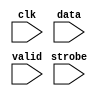
//Legal Notice: (C)2005 Altera Corporation. All rights reserved.  Your
//use of Altera Corporation's design tools, logic functions and other
//software and tools, and its AMPP partner logic functions, and any
//output files any of the foregoing (including device programming or
//simulation files), and any associated documentation or information are
//expressly subject to the terms and conditions of the Altera Program
//License Subscription Agreement or other applicable license agreement,
//including, without limitation, that your use is for the sole purpose
//of programming logic devices manufactured by Altera and sold by Altera
//or its authorized distributors.  Please refer to the applicable
//agreement for further details.

// synthesis translate_off
`timescale 1ns / 100ps
// synthesis translate_on
module jtag_uart_0_log_module (
                                // inputs:
                                 clk,
                                 data,
                                 strobe,
                                 valid
                              )
;

  input            clk;
  input   [  7: 0] data;
  input            strobe;
  input            valid;


//synthesis translate_off
//////////////// SIMULATION-ONLY CONTENTS
   reg [31:0] text_handle; // for $fopen
   initial text_handle = $fopen ("C:/DE2/DE2_Board/system/DE2_Board_sim/jtag_uart_0_output_stream.dat");

   always @(posedge clk) begin
      if (valid && strobe) begin
	 $fwrite (text_handle, "%b\n", data);
          // echo raw binary strings to file as ascii to screen
         $write("%s", ((data == 8'hd) ? 8'ha : data));
                     
	 // non-standard; poorly documented; required to get real data stream.
	 $fflush (text_handle);
      end
   end // clk


//////////////// END SIMULATION-ONLY CONTENTS

//synthesis translate_on

endmodule


module jtag_uart_0_sim_scfifo_w (
                                  // inputs:
                                   clk,
                                   fifo_wdata,
                                   fifo_wr,

                                  // outputs:
                                   fifo_FF,
                                   r_dat,
                                   wfifo_empty,
                                   wfifo_used
                                )
;

  output           fifo_FF;
  output  [  7: 0] r_dat;
  output           wfifo_empty;
  output  [  8: 0] wfifo_used;
  input            clk;
  input   [  7: 0] fifo_wdata;
  input            fifo_wr;

  wire             fifo_FF;
  wire    [  7: 0] r_dat;
  wire             wfifo_empty;
  wire    [  8: 0] wfifo_used;

//synthesis translate_off
//////////////// SIMULATION-ONLY CONTENTS
  //jtag_uart_0_log, which is an e_log
  jtag_uart_0_log_module jtag_uart_0_log
    (
      .clk    (clk),
      .data   (fifo_wdata),
      .strobe (fifo_wr),
      .valid  (fifo_wr)
    );

  assign wfifo_used = {9{1'b0}};
  assign r_dat = {8{1'b0}};
  assign fifo_FF = 1'b0;
  assign wfifo_empty = 1'b1;

//////////////// END SIMULATION-ONLY CONTENTS

//synthesis translate_on

endmodule


module jtag_uart_0_scfifo_w (
                              // inputs:
                               clk,
                               fifo_wdata,
                               fifo_wr,
                               rd_wfifo,

                              // outputs:
                               fifo_FF,
                               r_dat,
                               wfifo_empty,
                               wfifo_used
                            )
;

  output           fifo_FF;
  output  [  7: 0] r_dat;
  output           wfifo_empty;
  output  [  8: 0] wfifo_used;
  input            clk;
  input   [  7: 0] fifo_wdata;
  input            fifo_wr;
  input            rd_wfifo;

  wire             fifo_FF;
  wire    [  7: 0] r_dat;
  wire             wfifo_empty;
  wire    [  8: 0] wfifo_used;

//synthesis translate_off
//////////////// SIMULATION-ONLY CONTENTS
  jtag_uart_0_sim_scfifo_w the_jtag_uart_0_sim_scfifo_w
    (
      .clk         (clk),
      .fifo_FF     (fifo_FF),
      .fifo_wdata  (fifo_wdata),
      .fifo_wr     (fifo_wr),
      .r_dat       (r_dat),
      .wfifo_empty (wfifo_empty),
      .wfifo_used  (wfifo_used)
    );


//////////////// END SIMULATION-ONLY CONTENTS

//synthesis translate_on
//synthesis read_comments_as_HDL on
//  scfifo wfifo
//    (
//      .clock (clk),
//      .data (fifo_wdata),
//      .empty (wfifo_empty),
//      .full (fifo_FF),
//      .q (r_dat),
//      .rdreq (rd_wfifo),
//      .usedw (wfifo_used),
//      .wrreq (fifo_wr)
//    );
//
//  defparam wfifo.lpm_hint = "RAM_BLOCK_TYPE=AUTO",
//           wfifo.lpm_numwords = 512,
//           wfifo.lpm_showahead = "OFF",
//           wfifo.lpm_type = "scfifo",
//           wfifo.lpm_width = 8,
//           wfifo.lpm_widthu = 9,
//           wfifo.overflow_checking = "OFF",
//           wfifo.underflow_checking = "OFF",
//           wfifo.use_eab = "ON";
//
//synthesis read_comments_as_HDL off

endmodule


module jtag_uart_0_drom_module (
                                 // inputs:
                                  clk,
                                  incr_addr,
                                  reset_n,

                                 // outputs:
                                  new_rom,
                                  num_bytes,
                                  q,
                                  safe
                               )
;

  parameter POLL_RATE = 100;


  output           new_rom;
  output  [ 31: 0] num_bytes;
  output  [  7: 0] q;
  output           safe;
  input            clk;
  input            incr_addr;
  input            reset_n;

  reg     [ 11: 0] address;
  reg              d1_pre;
  reg              d2_pre;
  reg              d3_pre;
  reg              d4_pre;
  reg              d5_pre;
  reg              d6_pre;
  reg              d7_pre;
  reg              d8_pre;
  reg              d9_pre;
  reg     [  7: 0] mem_array [2047: 0];
  reg     [ 31: 0] mutex [  1: 0];
  reg              new_rom;
  wire    [ 31: 0] num_bytes;
  reg              pre;
  wire    [  7: 0] q;
  wire             safe;

//synthesis translate_off
//////////////// SIMULATION-ONLY CONTENTS
  assign q = mem_array[address];
  always @(posedge clk or negedge reset_n)
    begin
      if (reset_n == 0)
        begin
          d1_pre <= 0;
          d2_pre <= 0;
          d3_pre <= 0;
          d4_pre <= 0;
          d5_pre <= 0;
          d6_pre <= 0;
          d7_pre <= 0;
          d8_pre <= 0;
          d9_pre <= 0;
          new_rom <= 0;
        end
      else if (1)
        begin
          d1_pre <= pre;
          d2_pre <= d1_pre;
          d3_pre <= d2_pre;
          d4_pre <= d3_pre;
          d5_pre <= d4_pre;
          d6_pre <= d5_pre;
          d7_pre <= d6_pre;
          d8_pre <= d7_pre;
          d9_pre <= d8_pre;
          new_rom <= d9_pre;
        end
    end



   assign     num_bytes = mutex[1];
                   reg        safe_delay;
   reg [31:0] poll_count;
   reg [31:0] mutex_handle;
   wire       interactive = 1'b0 ; // '
   assign     safe = (address < mutex[1]);

   initial poll_count = POLL_RATE;

   always @(posedge clk or negedge reset_n) begin
      if (reset_n !== 1) begin
         safe_delay <= 0;
      end else begin
         safe_delay <= safe;
      end
   end // safe_delay

   always @(posedge clk or negedge reset_n) begin
      if (reset_n !== 1) begin  // dont worry about null _stream.dat file
         address <= 0;
         mem_array[0] <= 0;
         mutex[0] <= 0;
         mutex[1] <= 0;
         pre <= 0;
      end else begin            // deal with the non-reset case
         pre <= 0;
         if (incr_addr && safe) address <= address + 1;
         if (mutex[0] && !safe && safe_delay) begin
            // and blast the mutex after falling edge of safe if interactive
            if (interactive) begin
               mutex_handle = $fopen ("C:/DE2/DE2_Board/system/DE2_Board_sim/jtag_uart_0_input_mutex.dat");
               $fdisplay (mutex_handle, "0");
               $fclose (mutex_handle);
               // $display ($stime, "\t%m:\n\t\tMutex cleared!");
            end else begin
               // sleep until next reset, do not bash mutex.
               wait (!reset_n);
            end
         end // OK to bash mutex.
         if (poll_count < POLL_RATE) begin // wait
            poll_count = poll_count + 1;
         end else begin         // do the interesting stuff.
            poll_count = 0;
            $readmemh ("C:/DE2/DE2_Board/system/DE2_Board_sim/jtag_uart_0_input_mutex.dat", mutex);
            if (mutex[0] && !safe) begin
            // read stream into mem_array after current characters are gone!
               // save mutex[0] value to compare to address (generates 'safe')
               mutex[1] <= mutex[0];
               // $display ($stime, "\t%m:\n\t\tMutex hit: Trying to read %d bytes...", mutex[0]);
               $readmemb("C:/DE2/DE2_Board/system/DE2_Board_sim/jtag_uart_0_input_stream.dat", mem_array);
               // bash address and send pulse outside to send the char:
               address <= 0;
               pre <= -1;
            end // else mutex miss...
         end // poll_count
      end // reset
   end // posedge clk


//////////////// END SIMULATION-ONLY CONTENTS

//synthesis translate_on

endmodule


module jtag_uart_0_sim_scfifo_r (
                                  // inputs:
                                   clk,
                                   fifo_rd,
                                   rst_n,

                                  // outputs:
                                   fifo_EF,
                                   fifo_rdata,
                                   rfifo_full,
                                   rfifo_used
                                )
;

  output           fifo_EF;
  output  [  7: 0] fifo_rdata;
  output           rfifo_full;
  output  [  8: 0] rfifo_used;
  input            clk;
  input            fifo_rd;
  input            rst_n;

  reg     [ 31: 0] bytes_left;
  wire             fifo_EF;
  reg              fifo_rd_d;
  wire    [  7: 0] fifo_rdata;
  wire             new_rom;
  wire    [ 31: 0] num_bytes;
  wire    [  9: 0] rfifo_entries;
  wire             rfifo_full;
  wire    [  8: 0] rfifo_used;
  wire             safe;

//synthesis translate_off
//////////////// SIMULATION-ONLY CONTENTS
  //jtag_uart_0_drom, which is an e_drom
  jtag_uart_0_drom_module jtag_uart_0_drom
    (
      .clk       (clk),
      .incr_addr (fifo_rd_d),
      .new_rom   (new_rom),
      .num_bytes (num_bytes),
      .q         (fifo_rdata),
      .reset_n   (rst_n),
      .safe      (safe)
    );

  // Generate rfifo_entries for simulation
  always @(posedge clk or negedge rst_n)
    begin
      if (rst_n == 0)
        begin
          bytes_left <= 32'h0;
          fifo_rd_d <= 1'b0;
        end
      else 
        begin
          fifo_rd_d <= fifo_rd;
          // decrement on read
          if (fifo_rd_d)
              bytes_left <= bytes_left - 1'b1;
          // catch new contents
          if (new_rom)
              bytes_left <= num_bytes;
        end
    end


  assign fifo_EF = bytes_left == 32'b0;
  assign rfifo_full = bytes_left > 10'h200;
  assign rfifo_entries = (rfifo_full) ? 10'h200 : bytes_left;
  assign rfifo_used = rfifo_entries[8 : 0];

//////////////// END SIMULATION-ONLY CONTENTS

//synthesis translate_on

endmodule


module jtag_uart_0_scfifo_r (
                              // inputs:
                               clk,
                               fifo_rd,
                               rst_n,
                               t_dat,
                               wr_rfifo,

                              // outputs:
                               fifo_EF,
                               fifo_rdata,
                               rfifo_full,
                               rfifo_used
                            )
;

  output           fifo_EF;
  output  [  7: 0] fifo_rdata;
  output           rfifo_full;
  output  [  8: 0] rfifo_used;
  input            clk;
  input            fifo_rd;
  input            rst_n;
  input   [  7: 0] t_dat;
  input            wr_rfifo;

  wire             fifo_EF;
  wire    [  7: 0] fifo_rdata;
  wire             rfifo_full;
  wire    [  8: 0] rfifo_used;

//synthesis translate_off
//////////////// SIMULATION-ONLY CONTENTS
  jtag_uart_0_sim_scfifo_r the_jtag_uart_0_sim_scfifo_r
    (
      .clk        (clk),
      .fifo_EF    (fifo_EF),
      .fifo_rd    (fifo_rd),
      .fifo_rdata (fifo_rdata),
      .rfifo_full (rfifo_full),
      .rfifo_used (rfifo_used),
      .rst_n      (rst_n)
    );


//////////////// END SIMULATION-ONLY CONTENTS

//synthesis translate_on
//synthesis read_comments_as_HDL on
//  scfifo rfifo
//    (
//      .clock (clk),
//      .data (t_dat),
//      .empty (fifo_EF),
//      .full (rfifo_full),
//      .q (fifo_rdata),
//      .rdreq (fifo_rd),
//      .usedw (rfifo_used),
//      .wrreq (wr_rfifo)
//    );
//
//  defparam rfifo.lpm_hint = "RAM_BLOCK_TYPE=AUTO",
//           rfifo.lpm_numwords = 512,
//           rfifo.lpm_showahead = "OFF",
//           rfifo.lpm_type = "scfifo",
//           rfifo.lpm_width = 8,
//           rfifo.lpm_widthu = 9,
//           rfifo.overflow_checking = "OFF",
//           rfifo.underflow_checking = "OFF",
//           rfifo.use_eab = "ON";
//
//synthesis read_comments_as_HDL off

endmodule


module jtag_uart_0 (
                     // inputs:
                      av_address,
                      av_chipselect,
                      av_read_n,
                      av_write_n,
                      av_writedata,
                      clk,
                      rst_n,

                     // outputs:
                      av_irq,
                      av_readdata,
                      av_waitrequest,
                      dataavailable,
                      readyfordata
                   )
;

  output           av_irq;
  output  [ 31: 0] av_readdata;
  output           av_waitrequest;
  output           dataavailable;
  output           readyfordata;
  input            av_address;
  input            av_chipselect;
  input            av_read_n;
  input            av_write_n;
  input   [ 31: 0] av_writedata;
  input            clk;
  input            rst_n;

  reg              ac;
  wire             activity;
  wire             av_irq;
  wire    [ 31: 0] av_readdata;
  reg              av_waitrequest;
  reg              dataavailable;
  reg              fifo_AE;
  reg              fifo_AF;
  wire             fifo_EF;
  wire             fifo_FF;
  wire             fifo_rd;
  wire    [  7: 0] fifo_rdata;
  wire    [  7: 0] fifo_wdata;
  reg              fifo_wr;
  reg              ien_AE;
  reg              ien_AF;
  wire             ipen_AE;
  wire             ipen_AF;
  reg              pause_irq;
  wire    [  7: 0] r_dat;
  wire             r_ena;
  reg              r_val;
  wire             rd_wfifo;
  reg              read_0;
  reg              readyfordata;
  wire             rfifo_full;
  wire    [  8: 0] rfifo_used;
  reg              rvalid;
  reg              sim_r_ena;
  reg              sim_t_dat;
  reg              sim_t_ena;
  reg              sim_t_pause;
  wire    [  7: 0] t_dat;
  reg              t_dav;
  wire             t_ena;
  wire             t_pause;
  wire             wfifo_empty;
  wire    [  8: 0] wfifo_used;
  reg              woverflow;
  wire             wr_rfifo;
  //avalon_jtag_slave, which is an e_avalon_slave
  assign rd_wfifo = r_ena & ~wfifo_empty;
  assign wr_rfifo = t_ena & ~rfifo_full;
  jtag_uart_0_scfifo_w the_jtag_uart_0_scfifo_w
    (
      .clk         (clk),
      .fifo_FF     (fifo_FF),
      .fifo_wdata  (fifo_wdata),
      .fifo_wr     (fifo_wr),
      .r_dat       (r_dat),
      .rd_wfifo    (rd_wfifo),
      .wfifo_empty (wfifo_empty),
      .wfifo_used  (wfifo_used)
    );

  jtag_uart_0_scfifo_r the_jtag_uart_0_scfifo_r
    (
      .clk        (clk),
      .fifo_EF    (fifo_EF),
      .fifo_rd    (fifo_rd),
      .fifo_rdata (fifo_rdata),
      .rfifo_full (rfifo_full),
      .rfifo_used (rfifo_used),
      .rst_n      (rst_n),
      .t_dat      (t_dat),
      .wr_rfifo   (wr_rfifo)
    );

  assign ipen_AE = ien_AE & fifo_AE;
  assign ipen_AF = ien_AF & (pause_irq | fifo_AF);
  assign av_irq = ipen_AE | ipen_AF;
  assign activity = t_pause | t_ena;
  always @(posedge clk or negedge rst_n)
    begin
      if (rst_n == 0)
          pause_irq <= 1'b0;
      else // only if fifo is not empty...
      if (t_pause & ~fifo_EF)
          pause_irq <= 1'b1;
      else if (read_0)
          pause_irq <= 1'b0;
    end


  always @(posedge clk or negedge rst_n)
    begin
      if (rst_n == 0)
        begin
          r_val <= 1'b0;
          t_dav <= 1'b1;
        end
      else 
        begin
          r_val <= r_ena & ~wfifo_empty;
          t_dav <= ~rfifo_full;
        end
    end


  always @(posedge clk or negedge rst_n)
    begin
      if (rst_n == 0)
        begin
          fifo_AE <= 1'b0;
          fifo_AF <= 1'b0;
          fifo_wr <= 1'b0;
          rvalid <= 1'b0;
          read_0 <= 1'b0;
          ien_AE <= 1'b0;
          ien_AF <= 1'b0;
          ac <= 1'b0;
          woverflow <= 1'b0;
          av_waitrequest <= 1'b1;
        end
      else 
        begin
          fifo_AE <= {fifo_FF,wfifo_used} <= 8;
          fifo_AF <= (10'h200 - {rfifo_full,rfifo_used}) <= 8;
          fifo_wr <= 1'b0;
          read_0 <= 1'b0;
          av_waitrequest <= ~(av_chipselect & (~av_write_n | ~av_read_n) & av_waitrequest);
          if (activity)
              ac <= 1'b1;
          // write
          if (av_chipselect & ~av_write_n & av_waitrequest)
              // addr 1 is control; addr 0 is data
              if (av_address)
                begin
                  ien_AF <= av_writedata[0];
                  ien_AE <= av_writedata[1];
                  if (av_writedata[10] & ~activity)
                      ac <= 1'b0;
                end
              else 
                begin
                  fifo_wr <= ~fifo_FF;
                  woverflow <= fifo_FF;
                end
          // read
          if (av_chipselect & ~av_read_n & av_waitrequest)
            begin
              // addr 1 is interrupt; addr 0 is data
              if (~av_address)
                  rvalid <= ~fifo_EF;
              read_0 <= ~av_address;
            end
        end
    end


  assign fifo_wdata = av_writedata[7 : 0];
  assign fifo_rd = (av_chipselect & ~av_read_n & av_waitrequest & ~av_address) ? ~fifo_EF : 1'b0;
  assign av_readdata = read_0 ? { {6{1'b0}},rfifo_full,rfifo_used,rvalid,woverflow,~fifo_FF,~fifo_EF,1'b0,ac,ipen_AE,ipen_AF,fifo_rdata } : { {6{1'b0}},(10'h200 - {fifo_FF,wfifo_used}),rvalid,woverflow,~fifo_FF,~fifo_EF,1'b0,ac,ipen_AE,ipen_AF,{6{1'b0}},ien_AE,ien_AF };
  always @(posedge clk or negedge rst_n)
    begin
      if (rst_n == 0)
          readyfordata <= 0;
      else if (1)
          readyfordata <= ~fifo_FF;
    end



//synthesis translate_off
//////////////// SIMULATION-ONLY CONTENTS
  // Tie off Atlantic Interface signals not used for simulation
  always @(posedge clk)
    begin
      sim_t_pause <= 1'b0;
      sim_t_ena <= 1'b0;
      sim_t_dat <= t_dav ? r_dat : {8{r_val}};
      sim_r_ena <= 1'b0;
    end


  assign r_ena = sim_r_ena;
  assign t_ena = sim_t_ena;
  assign t_dat = sim_t_dat;
  assign t_pause = sim_t_pause;
  always @(fifo_EF)
    begin
      if (1)
          dataavailable <= ~fifo_EF;
    end



//////////////// END SIMULATION-ONLY CONTENTS

//synthesis translate_on
//synthesis read_comments_as_HDL on
//  alt_jtag_atlantic jtag_uart_0_alt_jtag_atlantic
//    (
//      .clk (clk),
//      .r_dat (r_dat),
//      .r_ena (r_ena),
//      .r_val (r_val),
//      .rst_n (rst_n),
//      .t_dat (t_dat),
//      .t_dav (t_dav),
//      .t_ena (t_ena),
//      .t_pause (t_pause)
//    );
//
//  defparam jtag_uart_0_alt_jtag_atlantic.INSTANCE_ID = 0,
//           jtag_uart_0_alt_jtag_atlantic.LOG2_RXFIFO_DEPTH = 9,
//           jtag_uart_0_alt_jtag_atlantic.LOG2_TXFIFO_DEPTH = 9;
//
//  always @(posedge clk or negedge rst_n)
//    begin
//      if (rst_n == 0)
//          dataavailable <= 0;
//      else if (1)
//          dataavailable <= ~fifo_EF;
//    end
//
//
//synthesis read_comments_as_HDL off

endmodule